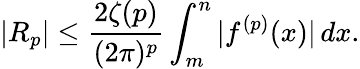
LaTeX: |R_{p}|\leq{\frac{2\zeta(p)}{(2\pi)^{p}}}\int_{m}^{n}|f^{(p)}(x)|\, dx.